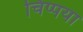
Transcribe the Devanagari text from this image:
चिप्पया